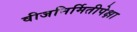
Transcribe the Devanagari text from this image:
वीजनिर्मितीपेक्षा